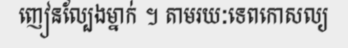
ញៀនល្បែងម្នាក់ ។ តាមរយៈទេពកោសល្យ